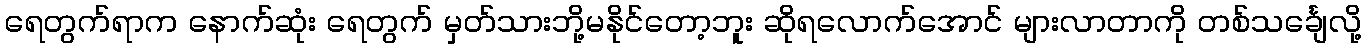
ရေတွက်ရာက နောက်ဆုံး ရေတွက် မှတ်သားဘို့မနိုင်တော့ဘူး ဆိုရလောက်အောင် များလာတာကို တစ်သင်္ချေလို့